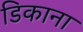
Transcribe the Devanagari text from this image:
डिकाना